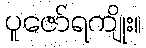
ပူဇော်ရကျိုး။